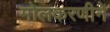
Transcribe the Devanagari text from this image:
मोलकरणीने